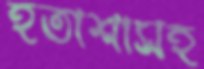
হতাশাসহ